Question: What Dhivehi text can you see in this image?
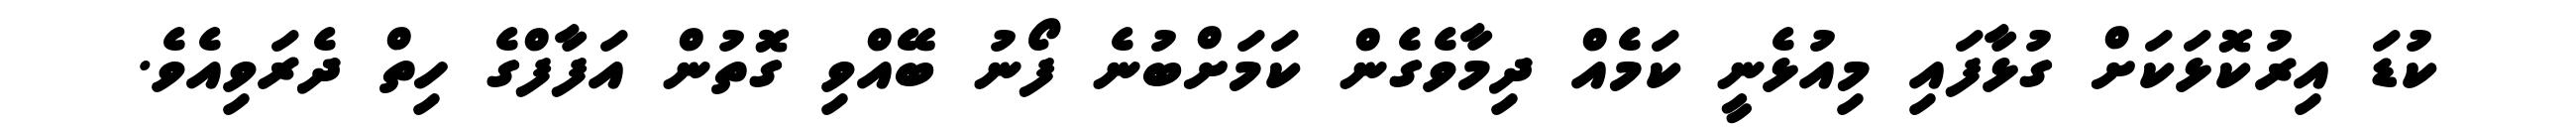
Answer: ކުޑަ އިރުކޮޅަކަށް ގުޅާފައި މިއުޅެނީ ކަމެއް ދިމާވެގެން ކަމަށްބުނެ ފޯނު ބޭއްވި ގޮތުން އަފާފްގެ ހިތް ދެރަވިއެވެ.